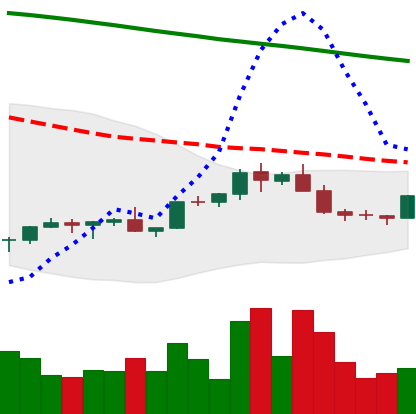
Ticker: EOS-USD
Chart end date: 2022-02-15
Forward return: -12.694%
Label: down_7plus